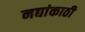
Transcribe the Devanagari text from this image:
नद्यांकाठी